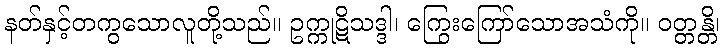
နတ်နှင့်တကွသောလူတို့သည်။ ဥက္ကုဋိသဒ္ဒါ၊ ကြွေးကြော်သောအသံကို။ ဝတ္တန္တိ၊